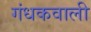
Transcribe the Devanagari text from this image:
गंधकवाली